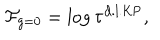
{ \cal F } _ { g = 0 } = \log { \tau ^ { \mathrm { d . l . K P } } } ,